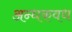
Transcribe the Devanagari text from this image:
अन्धकवध